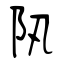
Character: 阠